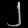
Digit: ၂